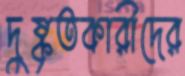
দুষ্কৃতকারীদের